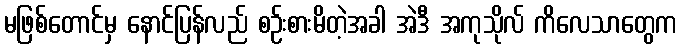
မဖြစ်တောင်မှ နောင်ပြန်လည် စဉ်းစားမိတဲ့အခါ အဲဒီ အကုသိုလ် ကိလေသာတွေက